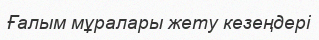
Ғалым мұралары жету кезеңдері